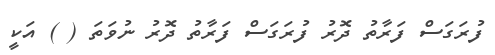
ފުރަގަސް ފަރާތު ދޮރު ފުރަގަސް ފަރާތު ދޮރު ނުވަތަ ( ) އަކީ